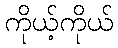
ကိုယ့်ကိုယ်